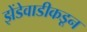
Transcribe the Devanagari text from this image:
झेंडेवाडीकडून